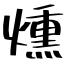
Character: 燻